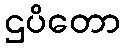
ဌပိတော